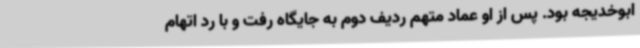
ابوخدیجه بود. پس از او عماد متهم ردیف دوم به جایگاه رفت و با رد اتهام